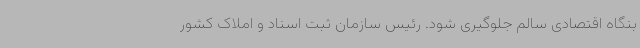
بنگاه اقتصادی سالم جلوگیری شود. رئیس سازمان ثبت اسناد و املاک کشور